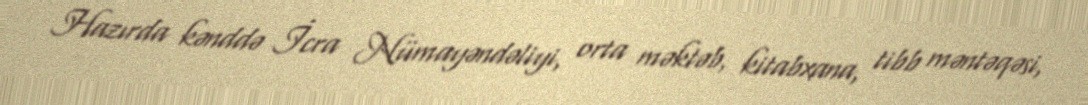
Hazırda kənddə İcra Nümayəndəliyi, orta məktəb, kitabxana, tibb məntəqəsi,